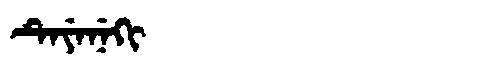
Manchu: ᡨᡝᠶᡝᠨᡝᡴᡳ
Romanization: TEYENEKI